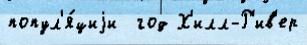
попул'я́циjи  год Х'илл-Р'ив'ер